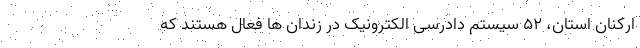
ارکنان استان، 52 سیستم دادرسی الکترونیک در زندان ها فعال هستند که